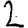
Digit: 2